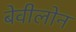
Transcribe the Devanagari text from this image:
बेवीलोन